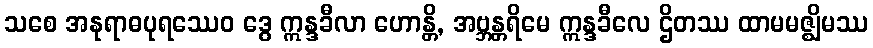
သစေ အနုရာဓပုရဿေဝ ဒွေ ဣန္ဒခီလာ ဟောန္တိ, အဗ္ဘန္တရိမေ ဣန္ဒခီလေ ဌိတဿ ထာမမဇ္ဈိမဿ